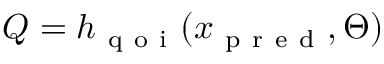
Q = h _ { \mathrm { ~ q ~ o ~ i ~ } } ( x _ { \mathrm { ~ p ~ r ~ e ~ d ~ } } , \Theta )